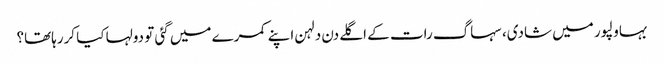
بہاولپور میں شادی، سہاگ رات کے اگلے دن دلہن اپنے کمرے میں گئی تو دولہا کیا کررہاتھا؟